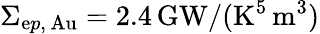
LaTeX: \Sigma_{\mathrm{e}p,\, \mathrm{{Au}}}=2.4\, \mathrm{{GW}}/(\mathrm{{K}}^{5}\, \mathrm{{m}}^{3})